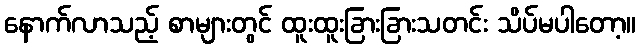
နောက်လာသည့် စာများတွင် ထူးထူးခြားခြားသတင်း သိပ်မပါတော့။